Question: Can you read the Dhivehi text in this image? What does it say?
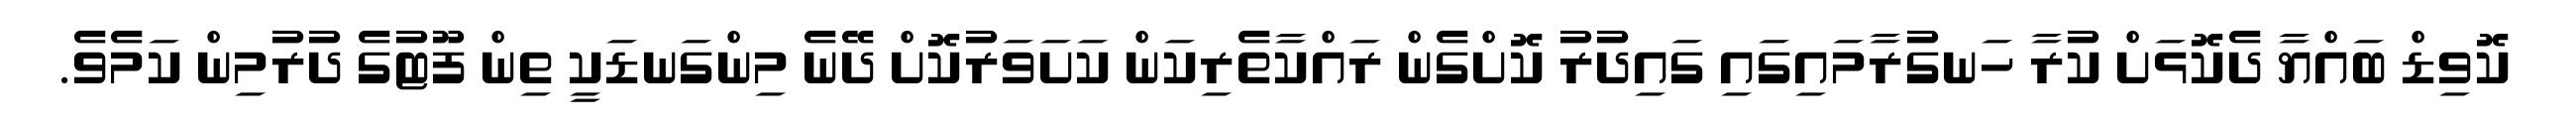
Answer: ކޮވިޑް ބައްޔާ ދެކޮޅަށް ކުރާ ހަނގުރާމައިގައި ގައިދުރު ކޮށްގެން ރައްކާތެރިކަން ކަށަވަރުކޮށް ދޭނެ މިންގަނޑަކީ ތިން ފޫޓުގެ ދުރުމިން ކަމެވެ.